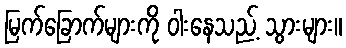
မြက်ခြောက်များကို ဝါးနေသည့် သွားများ။